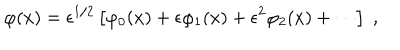
\varphi ( x ) = \epsilon ^ { 1 / 2 } \left\lbrack \varphi _ { 0 } ( x ) + \epsilon \varphi _ { 1 } ( x ) + \epsilon ^ { 2 } \varphi _ { 2 } ( x ) + \cdots \right\rbrack \; ,